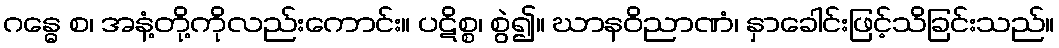
ဂန္ဓေ စ၊ အနံ့တို့ကိုလည်းကောင်း။ ပဋိစ္စ၊ စွဲ၍။ ဃာနဝိညာဏံ၊ နှာခေါင်းဖြင့်သိခြင်းသည်။